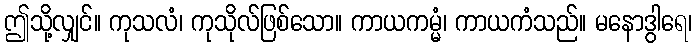
ဤသို့လျှင်။ ကုသလံ၊ ကုသိုလ်ဖြစ်သော။ ကာယကမ္မံ၊ ကာယကံသည်။ မနောဒွါရေ၊